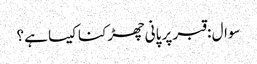
سوال : قبر پر پانی چھڑکنا کیسا ہے ؟